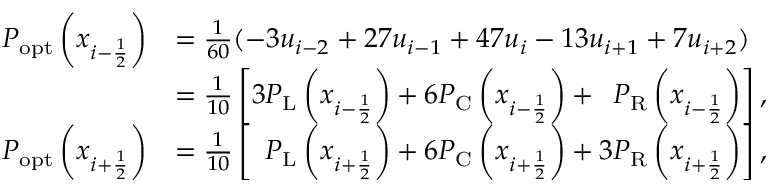
\begin{array} { r l } { P _ { \mathrm { o p t } } \left( x _ { i - \ensuremath { { \frac { 1 } { 2 } } } } \right) } & { = \frac { 1 } { 6 0 } ( - 3 u _ { i - 2 } + 2 7 u _ { i - 1 } + 4 7 u _ { i } - 1 3 u _ { i + 1 } + 7 u _ { i + 2 } ) } \\ & { = \frac { 1 } { 1 0 } \left[ 3 P _ { \mathrm { L } } \left( x _ { i - \ensuremath { { \frac { 1 } { 2 } } } } \right) + 6 P _ { \mathrm { C } } \left( x _ { i - \ensuremath { { \frac { 1 } { 2 } } } } \right) + \phantom { 1 } P _ { \mathrm { R } } \left( x _ { i - \ensuremath { { \frac { 1 } { 2 } } } } \right) \right] , } \\ { P _ { \mathrm { o p t } } \left( x _ { i + \ensuremath { { \frac { 1 } { 2 } } } } \right) } & { = \frac { 1 } { 1 0 } \left[ \phantom { 1 } P _ { \mathrm { L } } \left( x _ { i + \ensuremath { { \frac { 1 } { 2 } } } } \right) + 6 P _ { \mathrm { C } } \left( x _ { i + \ensuremath { { \frac { 1 } { 2 } } } } \right) + 3 P _ { \mathrm { R } } \left( x _ { i + \ensuremath { { \frac { 1 } { 2 } } } } \right) \right] , } \end{array}